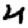
Digit: 4